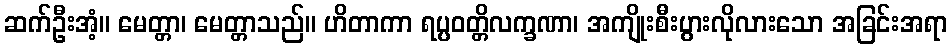
ဆက်ဦးအံ့။ မေတ္တာ၊ မေတ္တာသည်။ ဟိတာကာ ရပ္ပဝတ္တိလက္ခဏာ၊ အကျိုးစီးပွားလိုလားသော အခြင်းအရာ